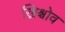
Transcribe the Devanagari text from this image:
ख्रिश्चोव